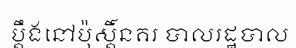
ប្តឹងនៅប៉ុស្តិ៍នគរ បាលរដ្ឋបាល